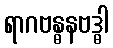
ရာဂဗန္ဓနဗဒ္ဓါ